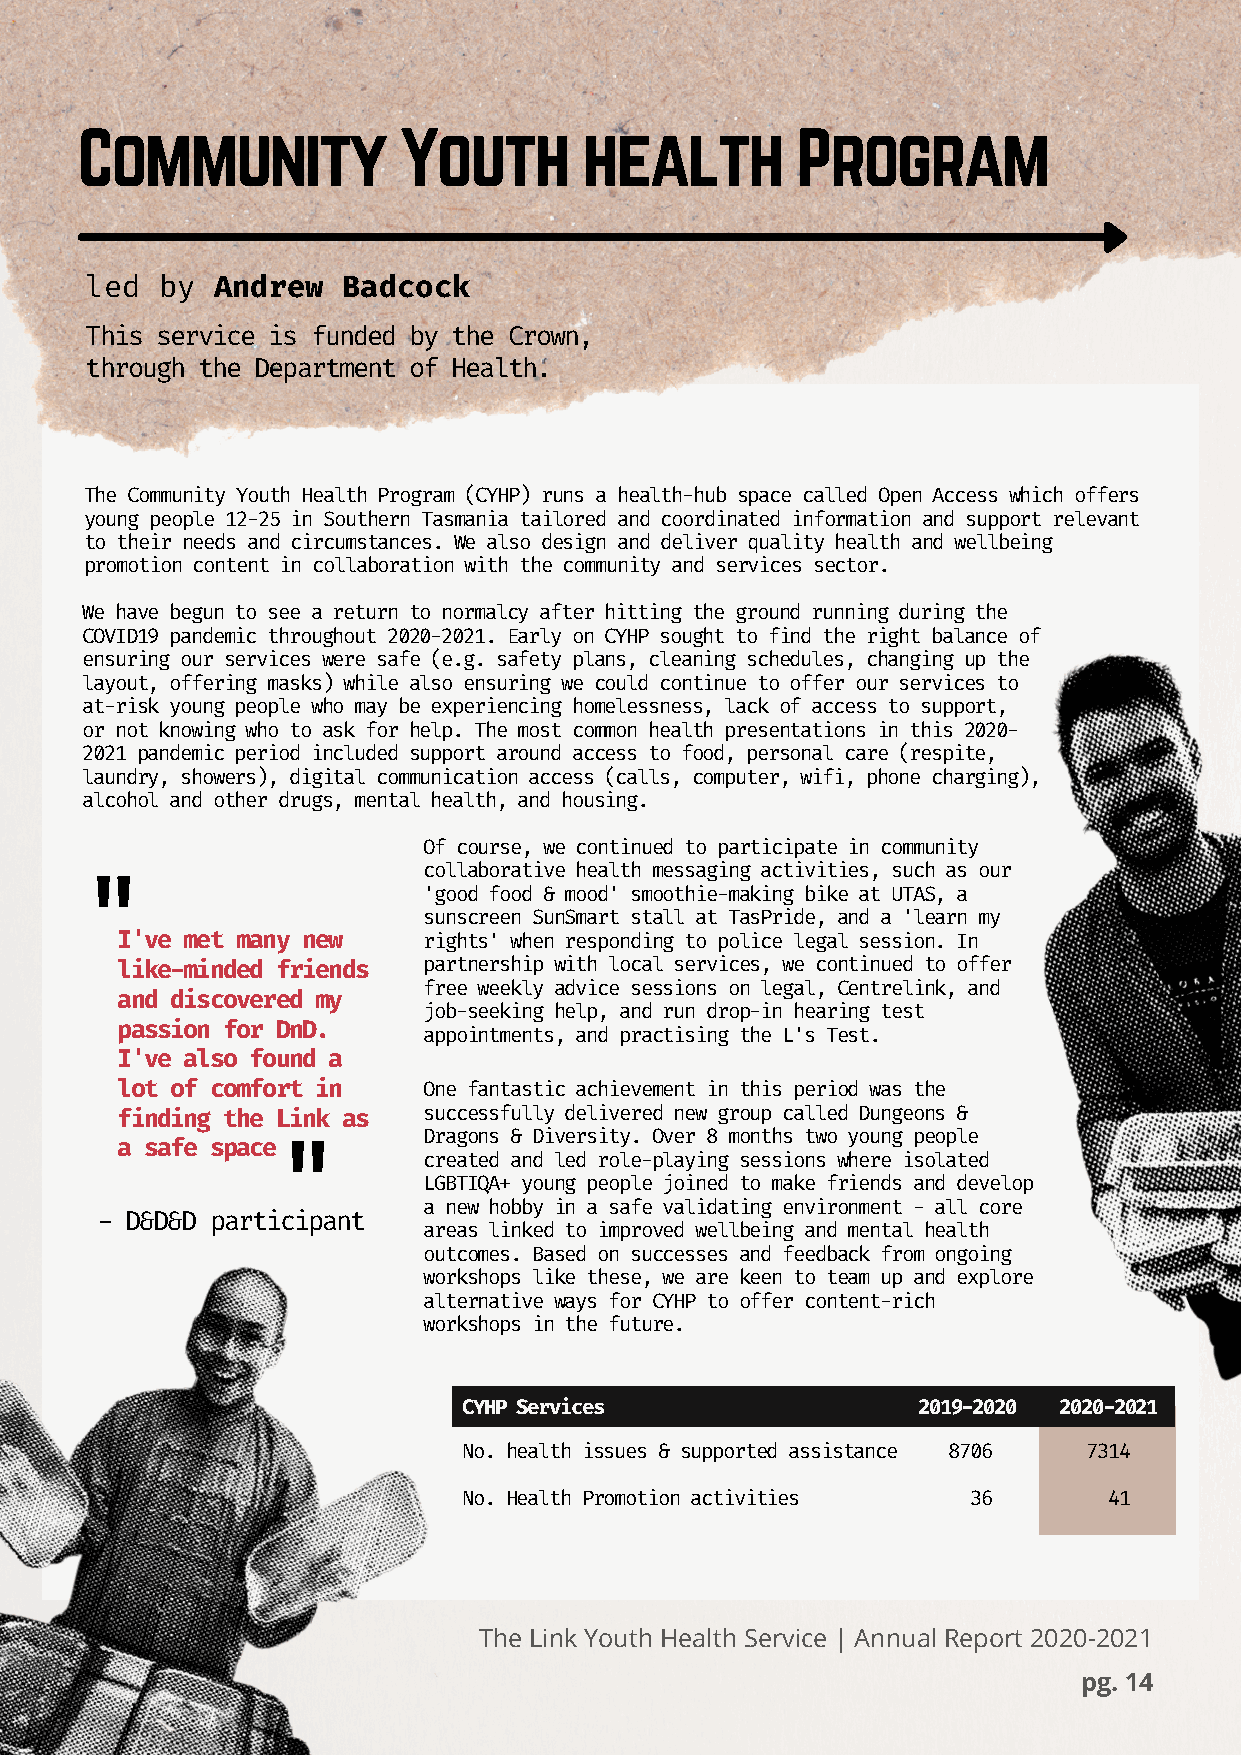
Community            Youth        health        Program
 led  by Andrew   Badcock
 This service is funded by the Crown,
 through the Department of Health.
 The Community Youth Health Program (CYHP) runs a health-hub space called Open Access which offers
 young people 12-25 in Southern Tasmania tailored and coordinated information and support relevant
 to their needs and circumstances. We also design and deliver quality health and wellbeing
 promotion content in collaboration with the community and services sector.
 We have begun to see a return to normalcy after hitting the ground running during the
 COVID19 pandemic throughout 2020-2021. Early on CYHP sought to find the right balance of
 ensuring our services were safe (e.g. safety plans, cleaning schedules, changing up the
 layout, offering masks) while also ensuring we could continue to offer our services to
 at-risk young people who may be experiencing homelessness, lack of access to support,
 or not knowing who to ask for help. The most common health presentations in this 2020-
 2021 pandemic period included support around access to food, personal care (respite,
 laundry, showers), digital communication access (calls, computer, wifi, phone charging),
 alcohol and other drugs, mental health, and housing.
 Of course, we continued to participate in community
 collaborative health messaging activities, such as our
 "                      'good food & mood' smoothie-making bike at UTAS, a
 sunscreen SunSmart stall at TasPride, and a 'learn my
 I've met many new   rights' when responding to police legal session. In
 like-minded friends partnership with local services, we continued to offer
 free weekly advice sessions on legal, Centrelink, and
 and discovered my
 job-seeking help, and run drop-in hearing test
 passion for DnD.
 appointments, and practising the L's Test.
 I've also found a
 lot of comfort in   One fantastic achievement in this period was the
 finding the Link as successfully delivered new group called Dungeons &
 Dragons & Diversity. Over 8 months two young people
 a safe space
 "         created and led role-playing sessions where isolated
 LGBTIQA+ young people joined to make friends and develop
 a new hobby in a safe validating environment - all core
 - D&D&D participant
 areas linked to improved wellbeing and mental health
 outcomes. Based on successes and feedback from ongoing
 workshops like these, we are keen to team up and explore
 alternative ways for CYHP to offer content-rich
 workshops in the future.
 CYHP Services                 2019-2020 2020-2021
 No. health issues & supported assistance 8706 7314
 No. Health Promotion activities  36       41
 The Link Youth Health Service | Annual Report 2020-2021
 pg. 14